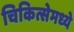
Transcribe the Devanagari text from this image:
चिकित्सेमध्ये